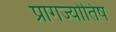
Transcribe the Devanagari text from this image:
प्रागज्योतिष